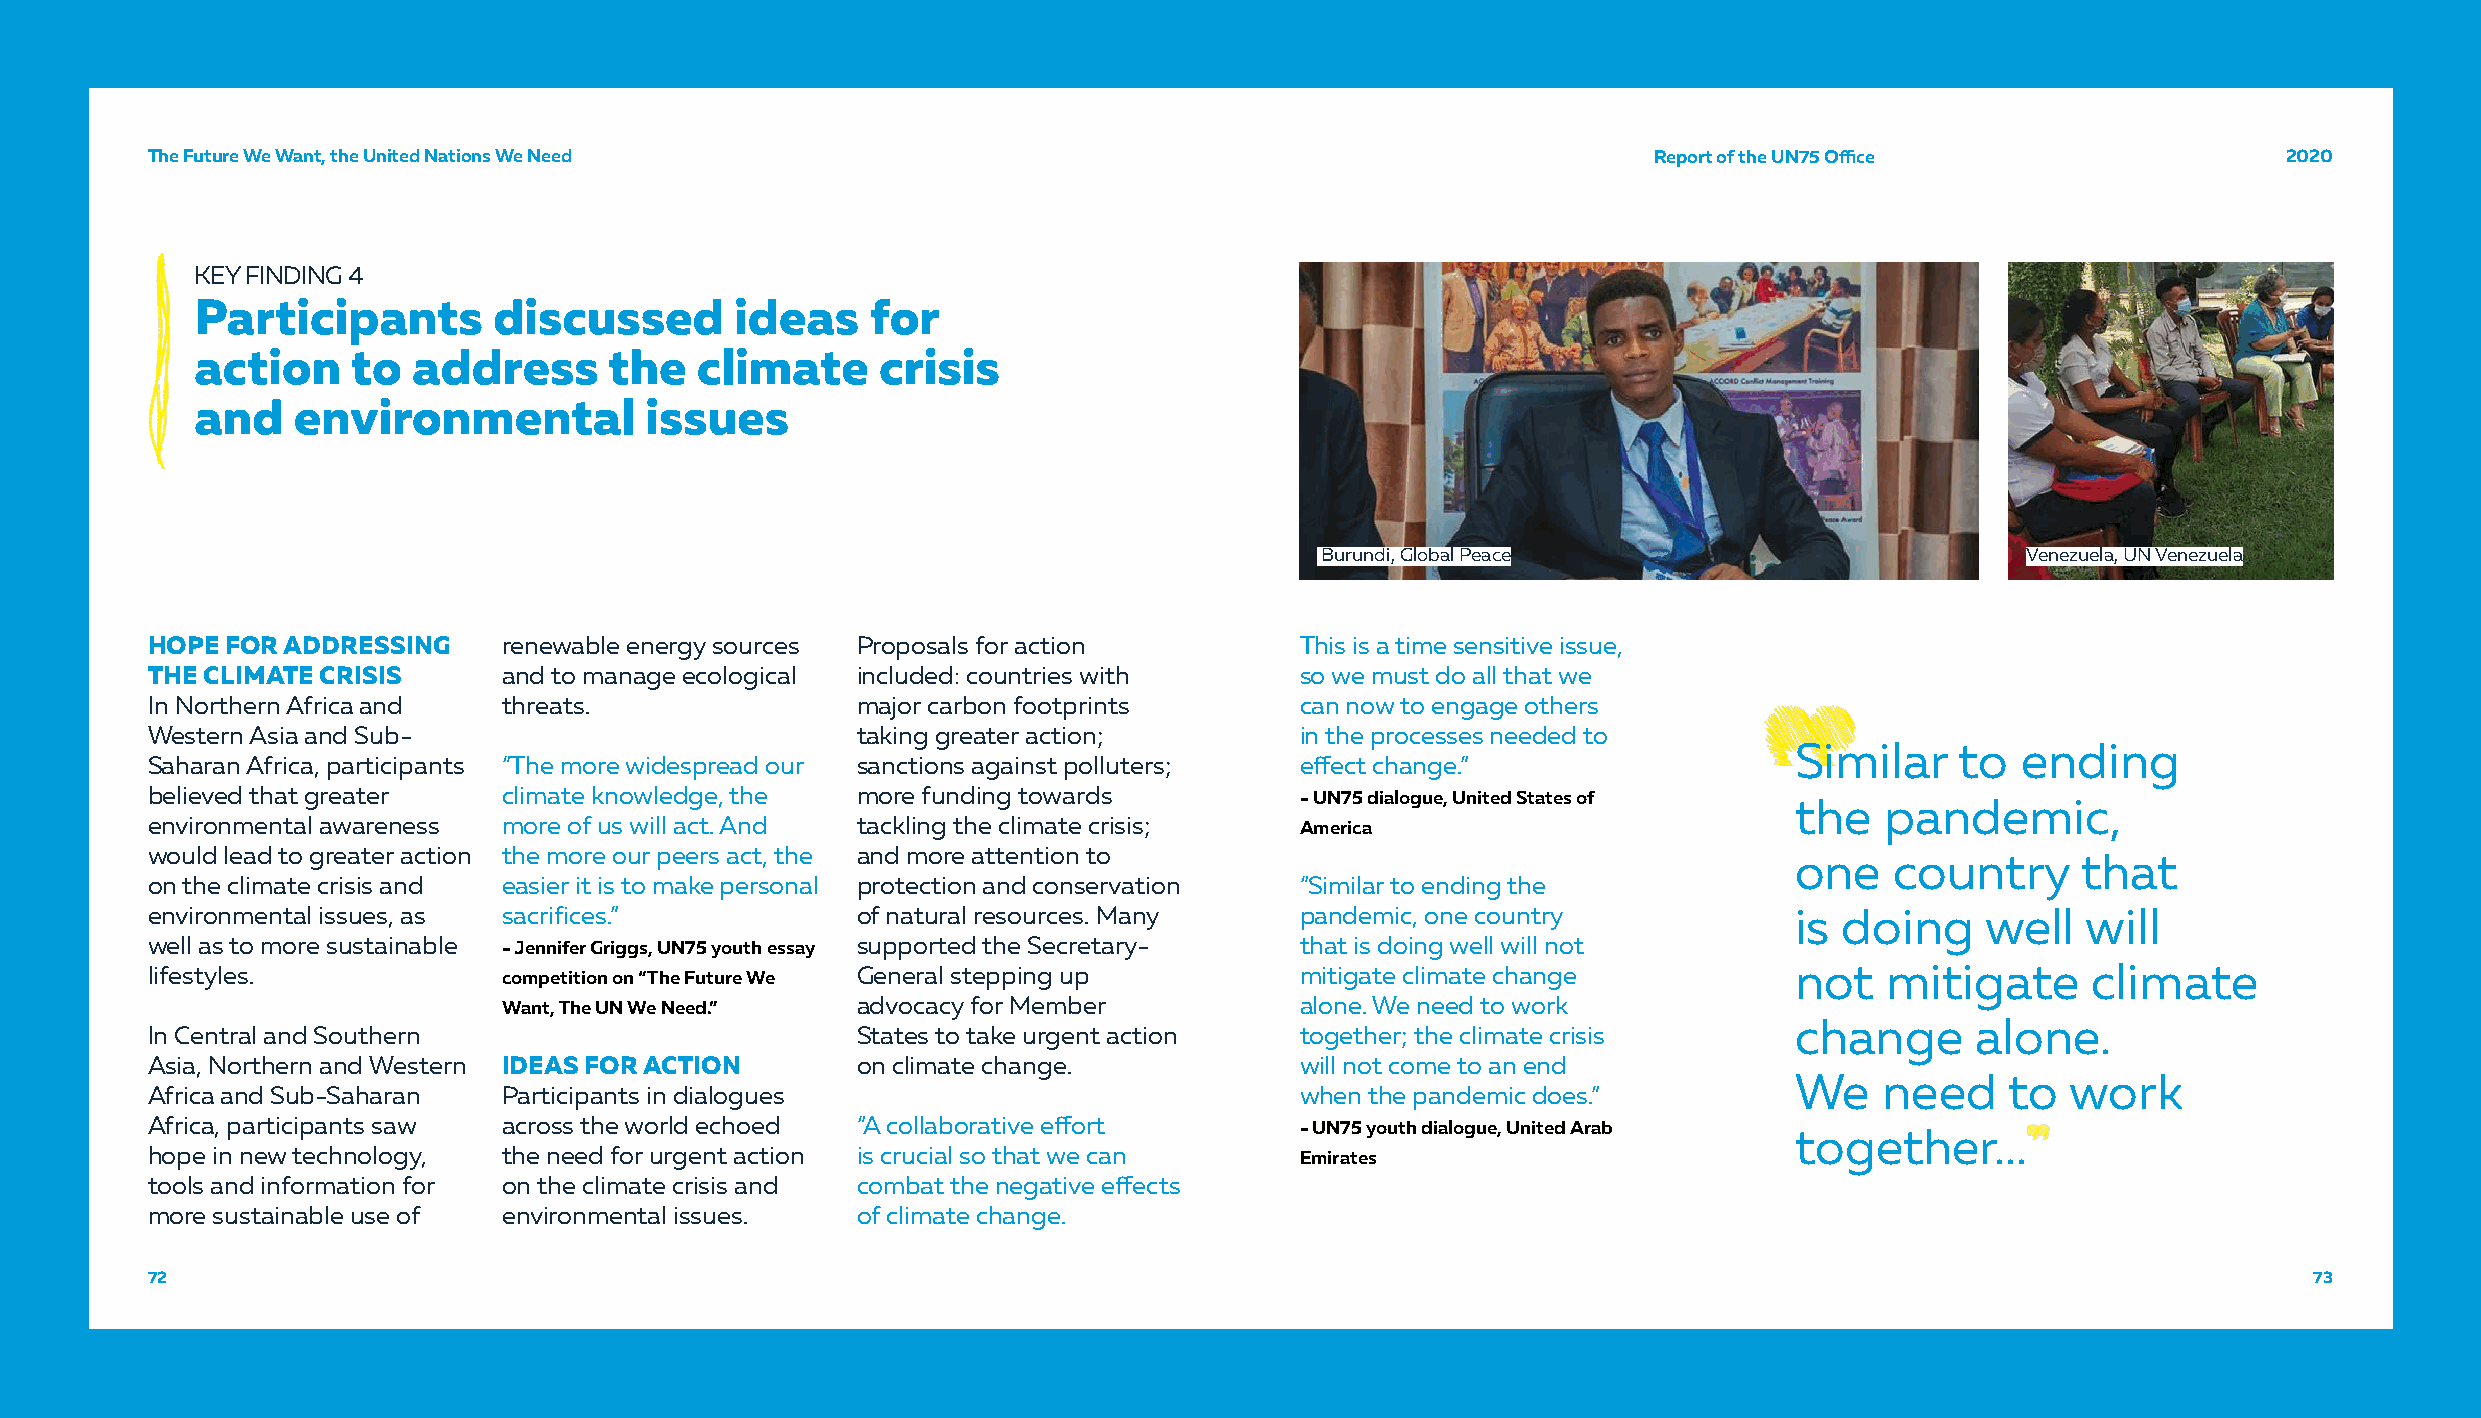
TThhee FFuuttuurree WWee WWaanntt,, tthhee UUnniitteedd NNaattiioonnss WWee NNeeeedd               RReeppoorrtt ooff tthhee UUNN7755 OOffifficcee 22002200
 KEY FINDING 4
 Participants        discussed       ideas    for
 action    to  address      the   climate     crisis
 and   environmental           issues
 Burundi, Global Peace                          Venezuela, UN Venezuela
 HOPE FOR ADDRESSING    renewable energy sources Proposals for action        This is a time sensitive issue,
 THE CLIMATE CRISIS     and to manage ecological included: countries with    so we must do all that we
 In Northern Africa and threats.                major carbon footprints      can now to engage others
 Western Asia and Sub-                          taking greater action;       in the processes needed to
 Similar    to  ending
 Saharan Africa, participants “The more widespread our sanctions against polluters; effect change.”
 believed that greater  climate knowledge, the  more funding towards         - UN75 dialogue, United States of the  pandemic,
 environmental awareness more of us will act. And tackling the climate crisis; America
 would lead to greater action the more our peers act, the and more attention to                               one   country      that
 on the climate crisis and easier it is to make personal protection and conservation “Similar to ending the
 environmental issues, as sacrifices.”          of natural resources. Many   pandemic, one country            is doing    well   will
 well as to more sustainable - Jennifer Griggs, UN75 youth essay supported the Secretary- that is doing well will not
 lifestyles.            competition on “The Future We General stepping up    mitigate climate change          not   mitigate     climate
 Want, The UN We Need.”  advocacy for Member          alone. We need to work
 change      alone.
 In Central and Southern                        States to take urgent action together; the climate crisis
 Asia, Northern and Western IDEAS FOR ACTION    on climate change.           will not come to an end
 We    need    to  work
 Africa and Sub-Saharan Participants in dialogues                            when the pandemic does.”
 Africa, participants saw across the world echoed “A collaborative effort    - UN75 youth dialogue, United Arab together...
 hope in new technology, the need for urgent action is crucial so that we can Emirates
 tools and information for on the climate crisis and combat the negative effects
 more sustainable use of environmental issues.  of climate change.
 72                                                                                                                                             73